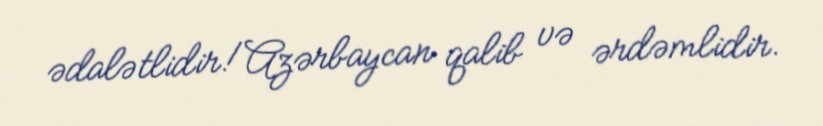
ədalətlidir!Azərbaycan qalib və ərdəmlidir.